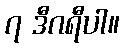
၇ ဒီဂရီပါ။